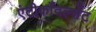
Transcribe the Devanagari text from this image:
एंटीकाँवल्सेंट